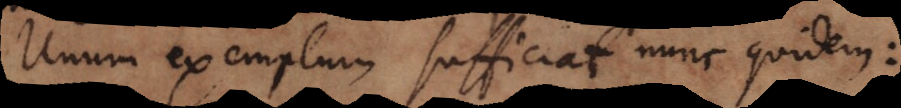
Unum exemplum sufficiat nunc quidem: